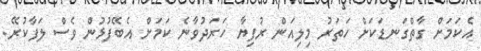
އެކަމަށް ގާތްގަނޑަކަށް ހަތަރު މިލިއަން ރުފިޔާ ހަރަދުވާނެ ކަމަށް އެބޭފުޅުން ވެސް ލަފާކުރޭ.